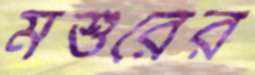
মশুরের